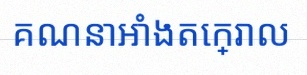
គណនាអាំងតេក្រាល